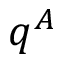
q ^ { A }